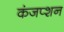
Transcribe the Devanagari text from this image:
कंजप्शन